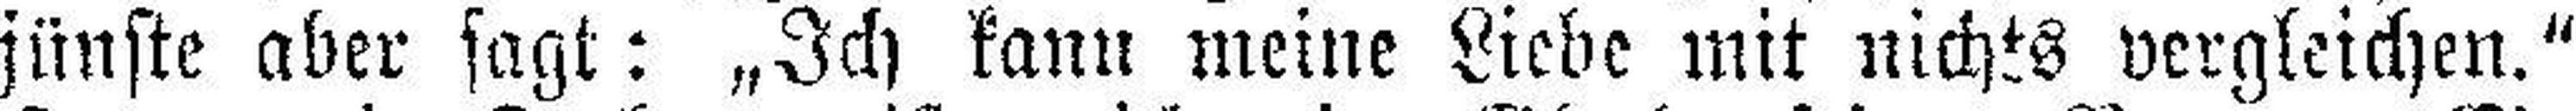
jünste aber sagt: „Ich kann meine Liebe mit nichts vergleichen.“